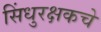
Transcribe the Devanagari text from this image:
सिंधुरक्षकचे